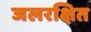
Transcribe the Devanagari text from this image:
जलरक्षित